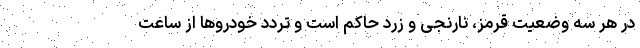
در هر سه وضعیت قرمز، نارنجی و زرد حاکم است و تردد خودروها از ساعت